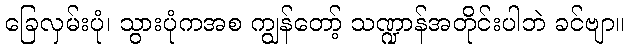
ခြေလှမ်းပုံ၊ သွားပုံကအစ ကျွန်တော့် သဏ္ဍာန်အတိုင်းပါဘဲ ခင်ဗျာ။